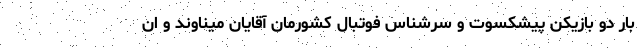
بار دو بازیکن پیشکسوت و سرشناس فوتبال کشورمان آقایان میناوند و ان